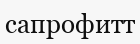
сапрофитт